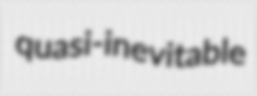
quasi-inevitable